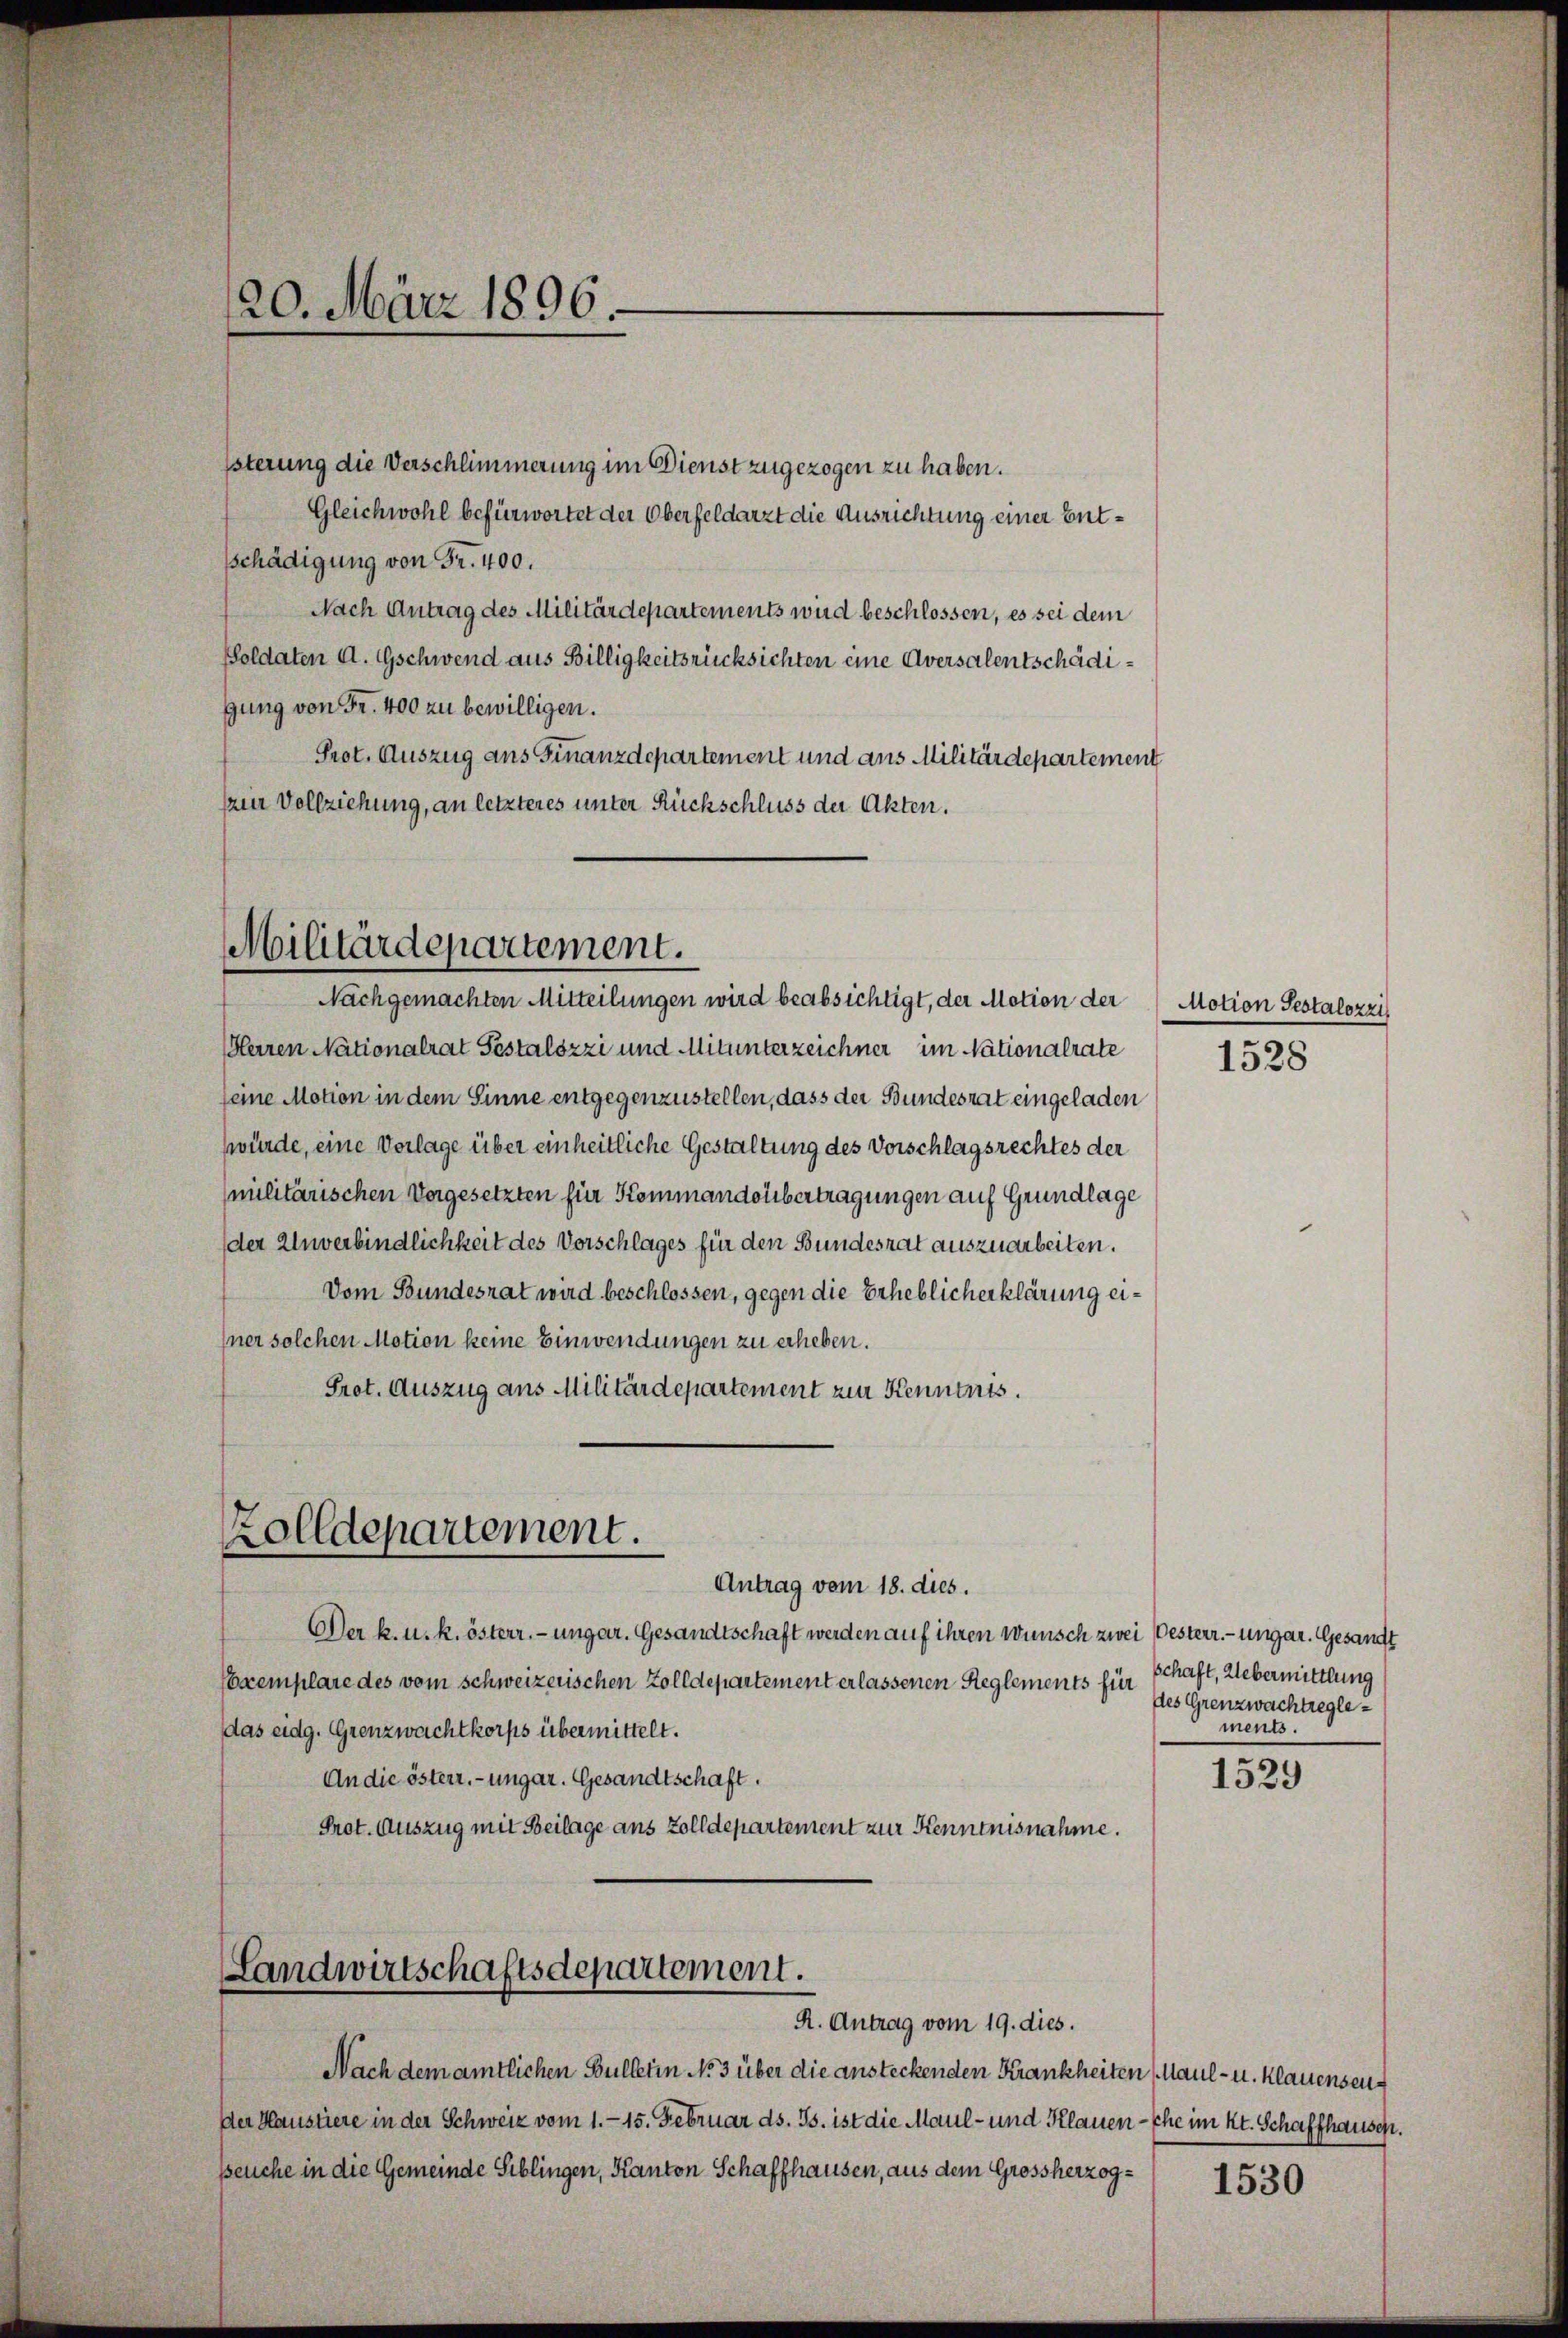
20. März 1896.

sterung die Verschlimmerung im Dienst zugezogen zu haben.
Gleichwohl befürwortet der Oberfeldarzt die Ausrichtung einer Entschädigung von Fr. 400.
Nach Antrag des Militärdepartements wird beschlossen, es sei dem
Poldaten A. Gschwend aus Billigkeitsrücksichten eine Aversalentschädigung von Fr. 400 zu bewilligen.
Prot. Auszug ans Finanzdepartement und aus Militärdepartement
am Vollziehung, an letzteres unter Rückschluss der Akten.

Militärdepartement.
Nachgemachten Mitteilungen wird beabsichtigt, der Motion der Motion Sestalozzi

Herren Nationalrat Pestalozzi und Mitunterzeichner im Nationalrate
seine Motion in dem Sinne entgegenzustellen, dass der Bundesrat eingeladen
würde, eine Vorlage über einheitliche Gestaltung des Vorschlagsrechtes der
militärischen Vorgesetzten für Kommandolibertragungen auf Grundlage
der Unverbindlichkeit des Vorschlages für den Bundesrat auszuarbeiten.
Vom Bundesrat wird beschlossen, gegen die Erheblicherklärung einer solchen Motion keine Einwendungen zu erheben.
Prot. Auszug aus Militärdepartement zur Kenntnis.

Zolldepartement.
Antrag vom 18. dies.

Landwirtschaftsdepartement.
R. Antrag vom 19. dies.

DDer k. u. k. österr. ungar. Gesandtschaft werden auf ihren Wünsch zwei Besterr. - Ungar. Gesandt
Ceremplare des vom schweizerischen Zolldepartement erlassenen Reglements für
das eidg. Grenzwachtkorps übermittelt.
An die österr.-ungar. Gesandtschaft.
Prot. Auszug mit Beilage aus Zolldepartement zur Kenntnisnahme.

Nach dem amtlichen Bulletin No 3 über die ansteckenden Krankheiten Maul- u. Klauenseu
der Haustiere in der Schweiz vom 1.- 15. Februar ds. Js. ist die Maul- und Klauen - Ehe im Kt. Schaffhausen.
peuche in die Gemeinde Siblingen, Kanton Schaffhausen, aus dem Grossherzog¬

1528

schaft, Uebermittlung
des Grenzwachtreglements.

1529

1530